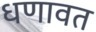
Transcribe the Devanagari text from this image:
धणावत